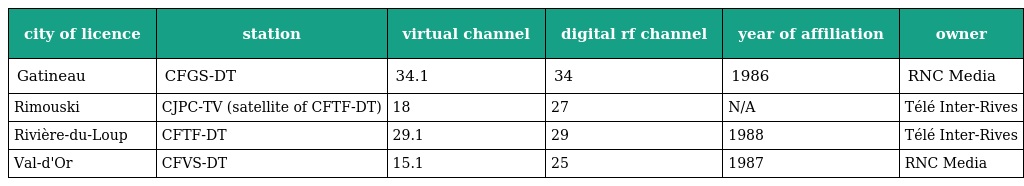
| city of licence | station | virtual channel | digital rf channel | year of affiliation | owner |
 | --- | --- | --- | --- | --- | --- |
 | Gatineau | CFGS-DT | 34.1 | 34 | 1986 | RNC Media |
 | Rimouski | CJPC-TV (satellite of CFTF-DT) | 18 | 27 | N/A | Télé Inter-Rives |
 | Rivière-du-Loup | CFTF-DT | 29.1 | 29 | 1988 | Télé Inter-Rives |
 | Val-d'Or | CFVS-DT | 15.1 | 25 | 1987 | RNC Media |